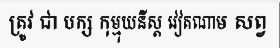
ត្រូវ ជា បក្ស កុម្មុយនីស្ត វៀតណាម សព្វ